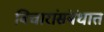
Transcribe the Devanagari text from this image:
विचारांसंबंधात